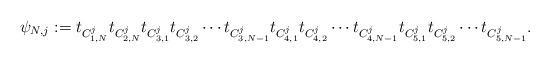
LaTeX: \begin{align*} \psi_{N, j}:= t_{C_{1,N}^{j}} t_{C_{2,N}^{j}} t_{C_{3,1}^{j}} t_{C_{3,2}^{j}} \cdots t_{C_{3,N-1}^{j}} t_{C_{4,1}^{j}} t_{C_{4,2}^{j}} \cdots t_{C_{4,N-1}^{j}} t_{C_{5,1}^{j}} t_{C_{5,2}^{j}} \cdots t_{C_{5,N-1}^{j}} .\end{align*}